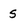
Character: 5